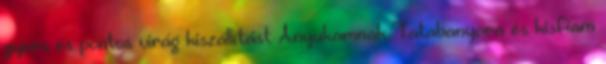
gyors és pontos virág kiszállítást Anyukamnak Tatabanyara és kisfiam